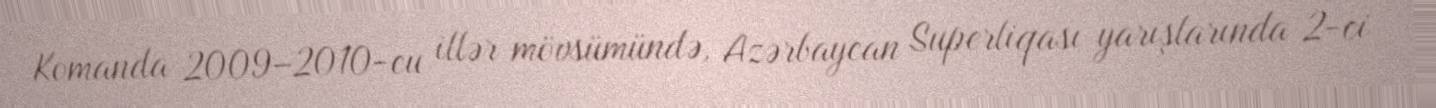
Komanda 2009–2010-cu illər mövsümündə, Azərbaycan Superliqası yarışlarında 2-ci